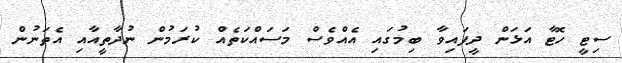
ސިޓީ ހޮޓާ އަޅަން ދީފައިވާ ބިމުގައި އެއްވެސް މަސައްކަތެއް ކުރަމުން ނުދާތީއާއި އެތަނުން